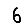
Digit: 6